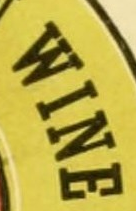
WINE